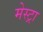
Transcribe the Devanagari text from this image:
मेस्ट्रा